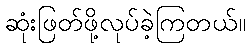
ဆုံးဖြတ်ဖို့လုပ်ခဲ့ကြတယ်။